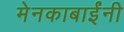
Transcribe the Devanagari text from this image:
मेनकाबाईंनी